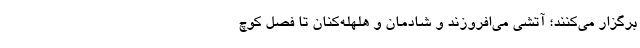
برگزار می‌کنند؛ آتشی می‌افروزند و شادمان و هلهله‌کنان تا فصل کوچ